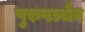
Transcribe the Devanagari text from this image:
पुरुषञ्चैव